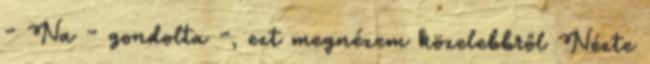
- Na - gondolta -, ezt megnézem közelebbről Nézte